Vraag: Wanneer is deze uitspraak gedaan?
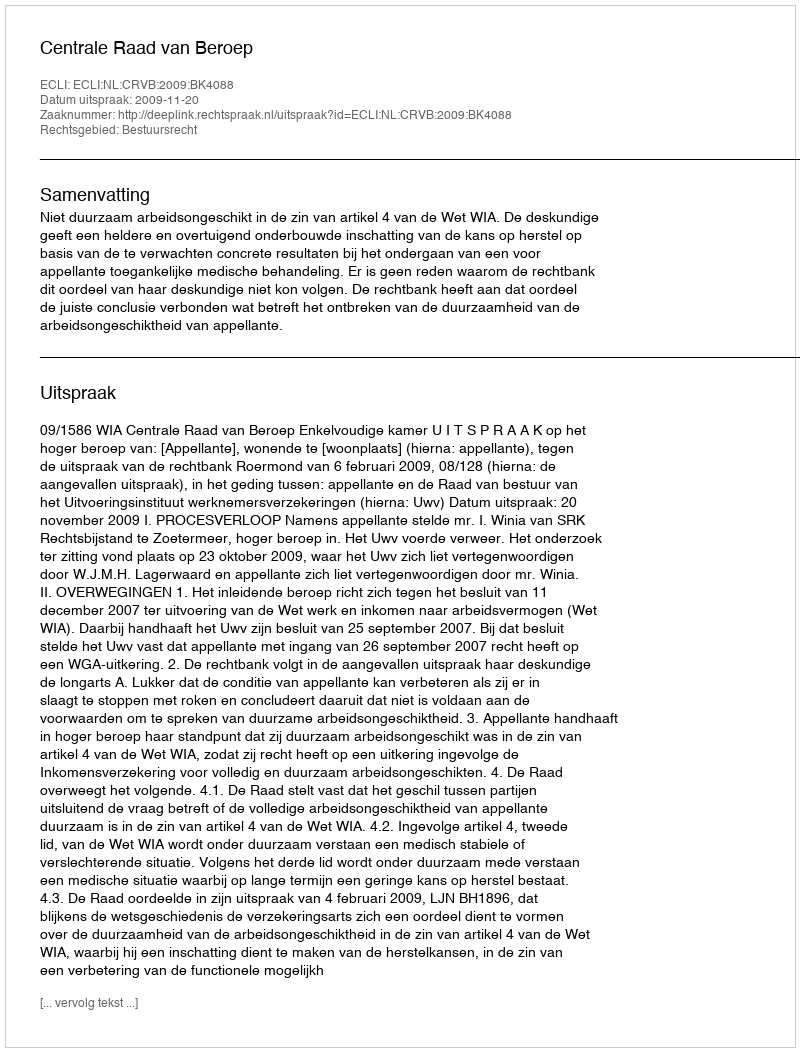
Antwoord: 2009-11-20